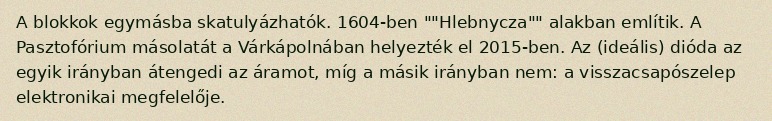
A blokkok egymásba skatulyázhatók. 1604-ben ""Hlebnycza"" alakban említik. A Pasztofórium másolatát a Várkápolnában helyezték el 2015-ben. Az (ideális) dióda az egyik irányban átengedi az áramot, míg a másik irányban nem: a visszacsapószelep elektronikai megfelelője.